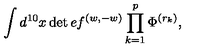
{ \int d ^ { 1 0 } x \det e f ^ { ( w , - w ) } \prod _ { k = 1 } ^ { p } \Phi ^ { ( r _ { k } ) } , }